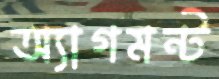
অ্যাগমন্ট